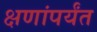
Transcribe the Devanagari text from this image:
क्षणांपर्यंत